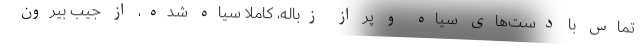
تماس با دست‌های سیاه و پر از زباله، کاملاً سیاه شده، از جیب بیرون